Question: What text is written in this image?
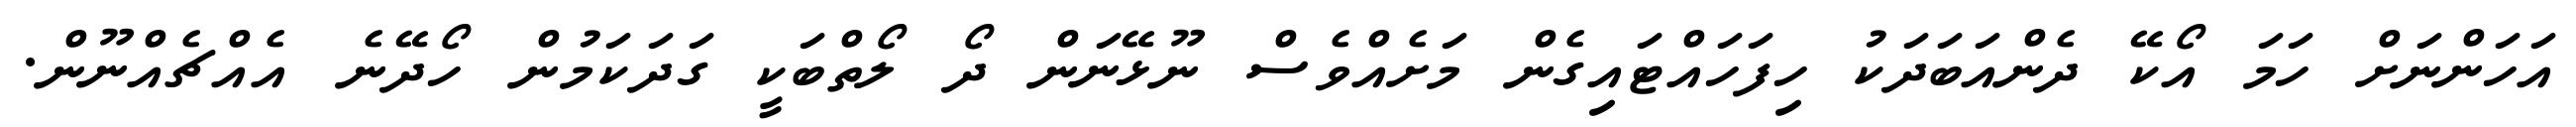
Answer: އަހަންނަށް ހަމަ އޯކޭ ދެންއަބަދަކު ހިފަހައްޓައިގެން މަށެއްވެސް ނޫޅޭނަން ދޯ ލޯތްބަކީ ގަދަކަމުން ހޯދޭނެ އެއްޗެއްނޫން.